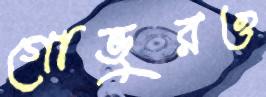
গোভুরও